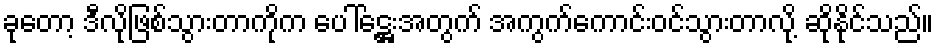
ခုတော့ ဒီလိုဖြစ်သွားတာကိုက ပေါ်ဋ္ဌေးအတွက် အကွက်ကောင်းဝင်သွားတာလို့ ဆိုနိုင်သည်။